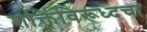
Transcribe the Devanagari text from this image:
शक्तिंविरूध्दचा